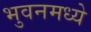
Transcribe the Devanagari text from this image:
भुवनमध्ये